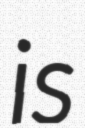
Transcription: is